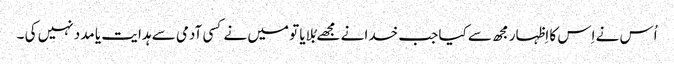
اُس نے اِس کا اِظہار مجھ سے کیا جب خدا نے مجھے بُلایا تو میں نے کسی آدمی سے ہدا یت یا مدد نہیں کی ۔